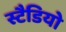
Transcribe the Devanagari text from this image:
स्टैडियो